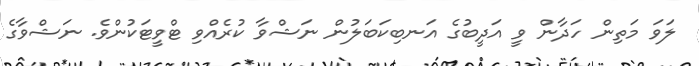
ލަވަ މަތިން ހަދާން ވީ އަދީބުގެ އަނބިކަބަލުން ނަޝްވާ ކުރެއްވި ޓްވީޓަކުންވެ. ނަޝްވާގެ